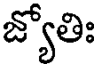
జ్యోతిః